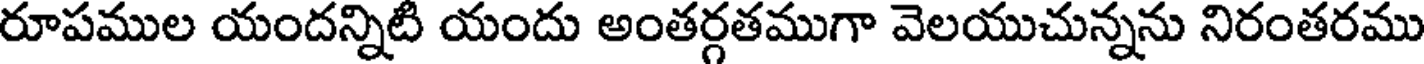
రూపముల యందన్నిటి యందు అంతర్గతముగా వెలయుచున్నను నిరంతరము